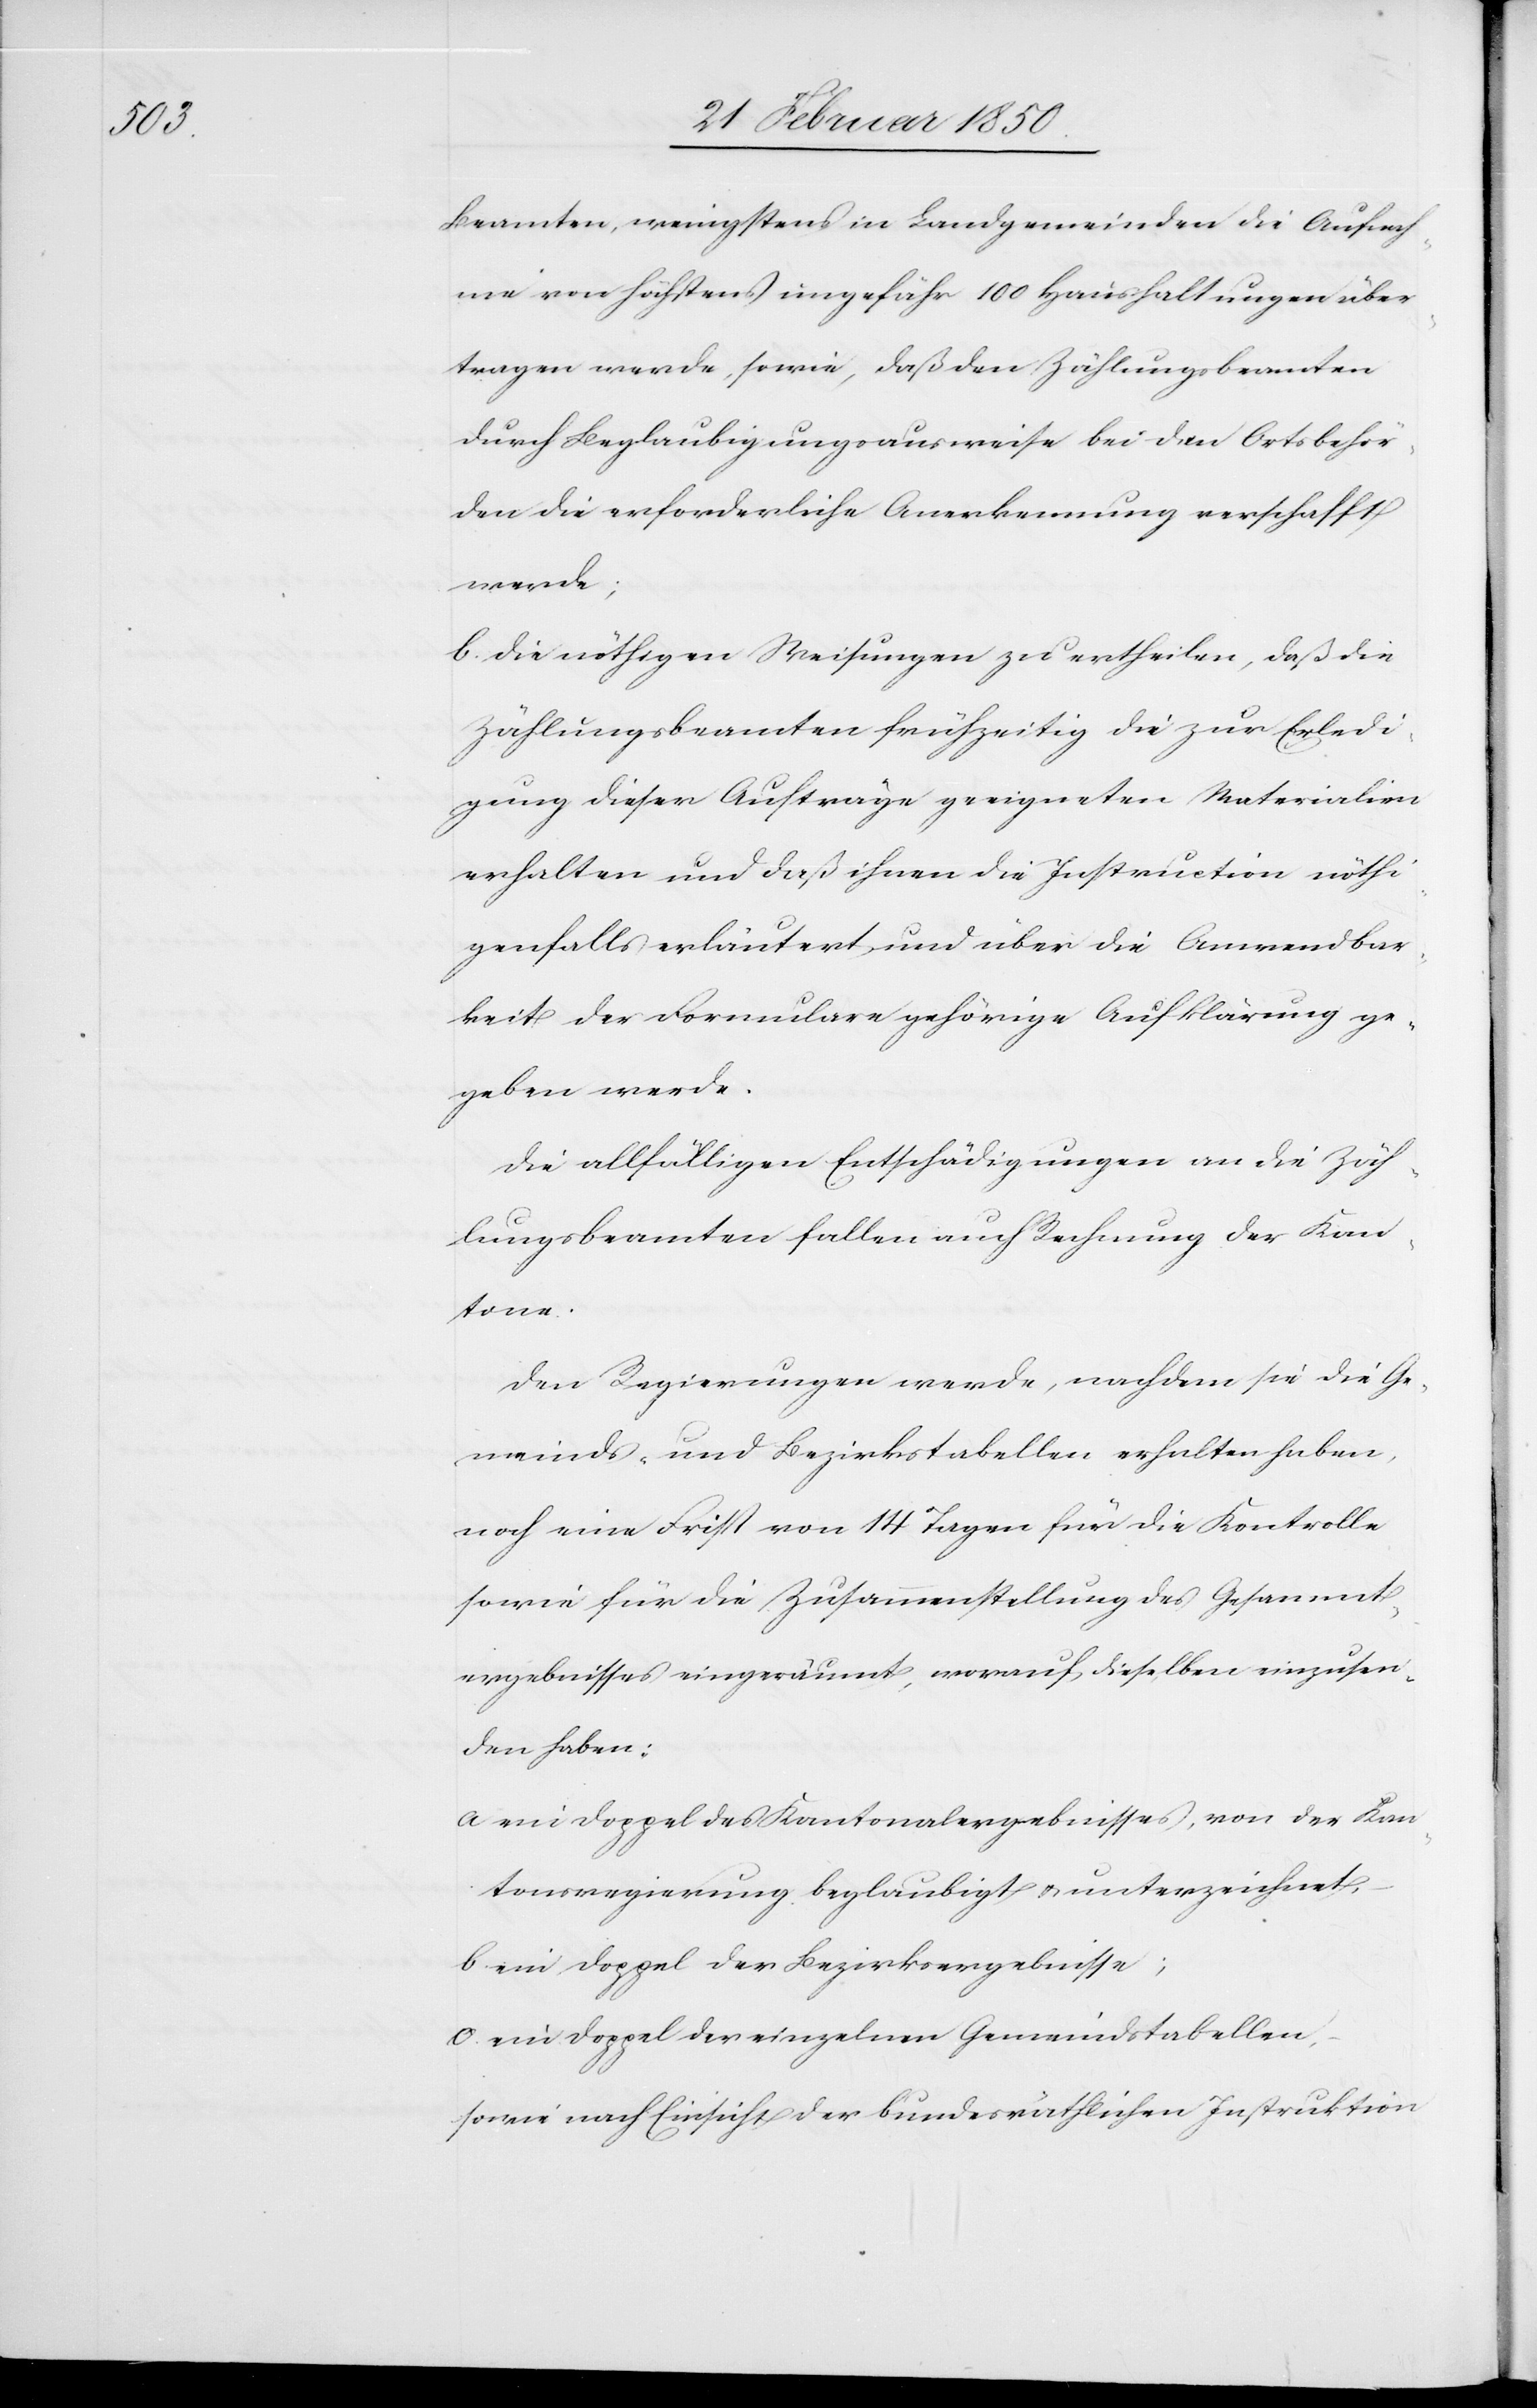
Beamten, wenigstens in Landgemeinden die Aufnah¬
me von höchstens ungefähr 100 Haushaltungen über¬
tragen werde, sowie, daß den Zählungsbeamten
durch Beglaubigungsausweise bei den Ortsbehör¬
den die erforderliche Anerkennung verschafft
werde;
b. Die nöthigen Weisungen zu ertheilen, daß die
Zählungsbeamten frühzeitig die zur Erledi¬
gung dieser Aufträge geeigneten Materialien
erhalten und daß ihnen die Instruction nöthi¬
genfalls erläutert und über die Anwendbar¬
keit der Formulare gehörige Aufklärung ge¬
geben werde.
Die allfälligen Entschädigungen an die Zäh¬
lungsbeamten fallen auch [recte: auf] Rechnung der Kan¬
tone.
Den Regierungen werde, nachdem sie die Ge¬
meinds- und Bezirkstabellen erhalten haben,
noch eine Frist von 14 Tagen für die Kontrolle
sowie für die Zusammenstellung des Gesammt¬
ergebnisses eingeräumt, worauf dieselben einzusen¬
den haben:
a ein Doppel des Kantonalergebnisses, von der Kan¬
tonsregierung beglaubigt u. unterzeichnet
b ein Doppel der Bezirksergebnisse;
c. ein Doppel der einzelnen Gemeindstabellen,
sowie nach Einsicht der bundesräthlichen Instruktion